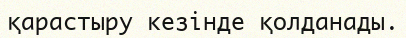
қарастыру кезінде қолданады.